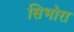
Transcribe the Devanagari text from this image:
सिभोरा